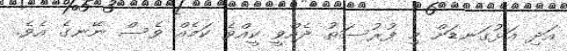
އަދި އަޅުގަނޑަށް މި ފުރުސަތު ދެއްވީ ކީއްވެ ކަމެއް ވެސް ނޭނގެ އެވެ.